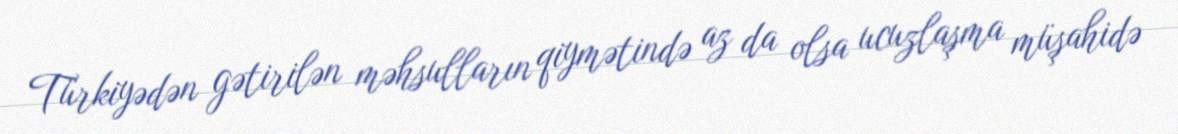
Türkiyədən gətirilən məhsulların qiymətində az da olsa ucuzlaşma müşahidə